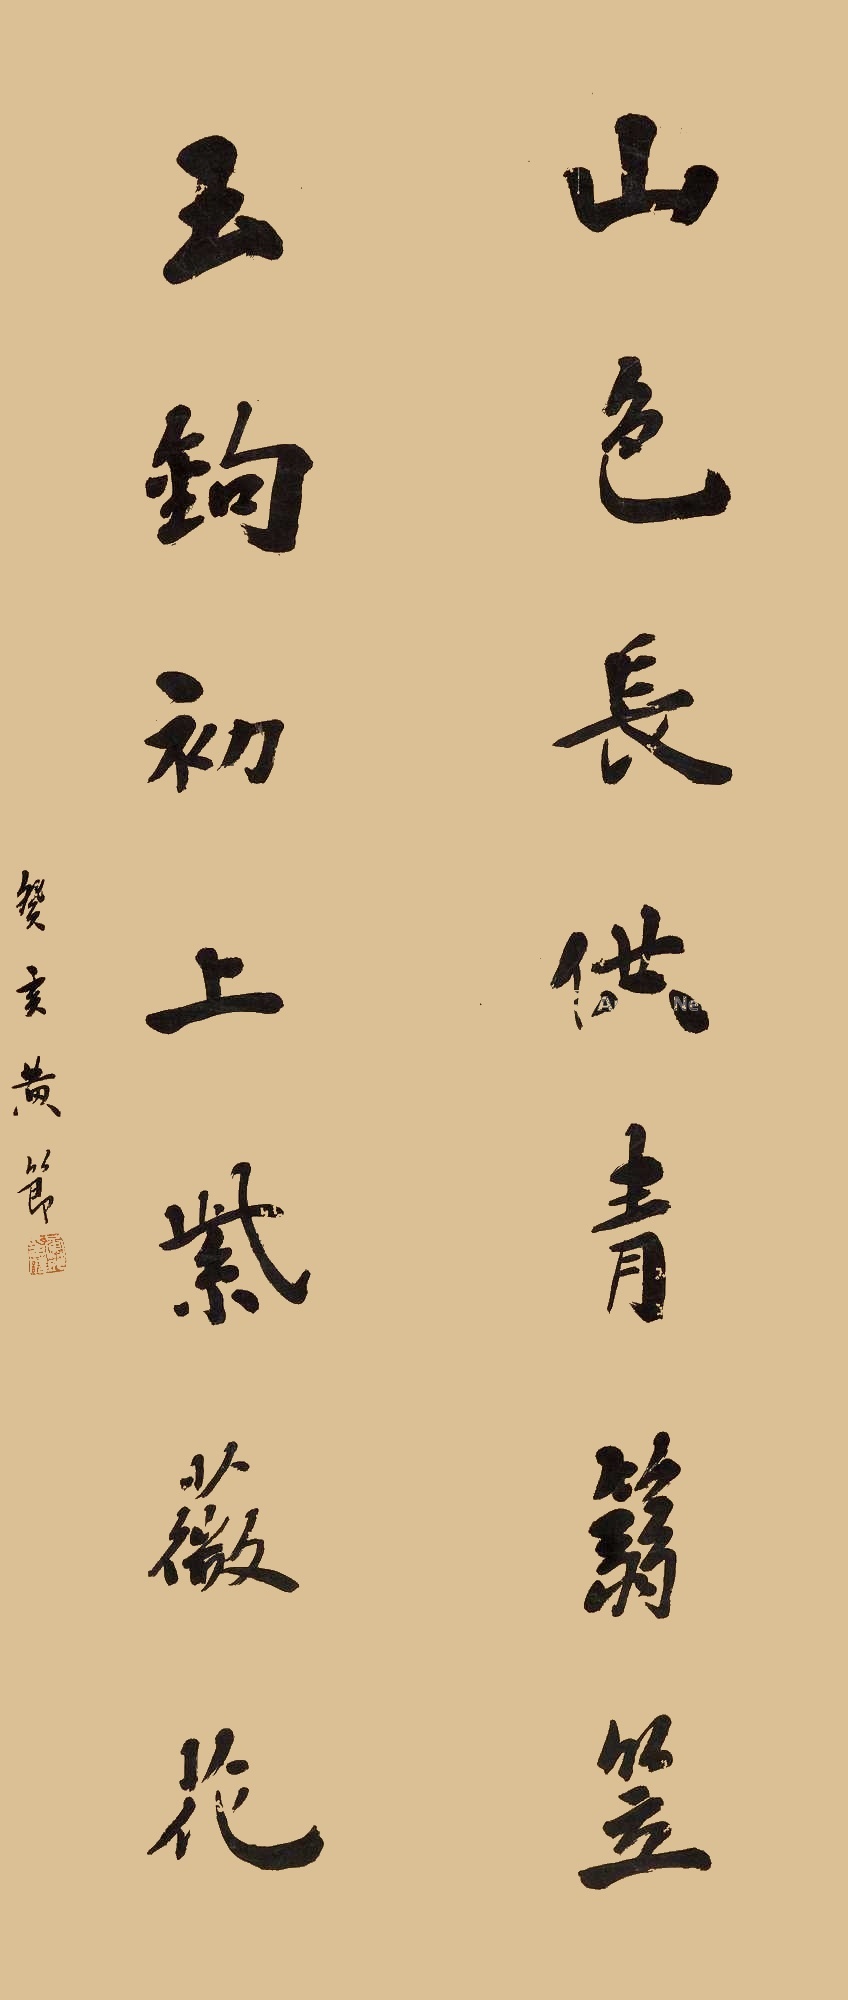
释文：山色长供青箬笠，玉钩初上紫薇花。癸亥黄节。